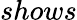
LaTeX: shows